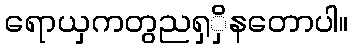
ရောယှကတွညရှှိနတောပါ။